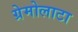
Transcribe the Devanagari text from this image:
ग्रेमोलाटा